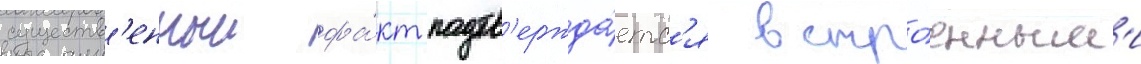
существ'енныи фа́кт подтв'ержда́етс'я встро́енным'и